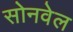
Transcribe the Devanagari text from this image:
सोनवेल